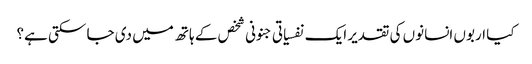
کیا اربوں انسانوں کی تقدیر ایک نفسیاتی جنونی شخص کے ہاتھ میں دی جا سکتی ہے؟